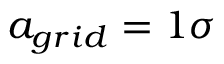
a _ { g r i d } = 1 \sigma